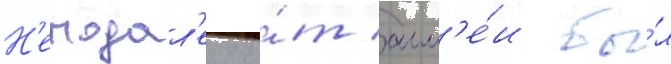
Н'еподал'еку о́т алл'е́и бы́л